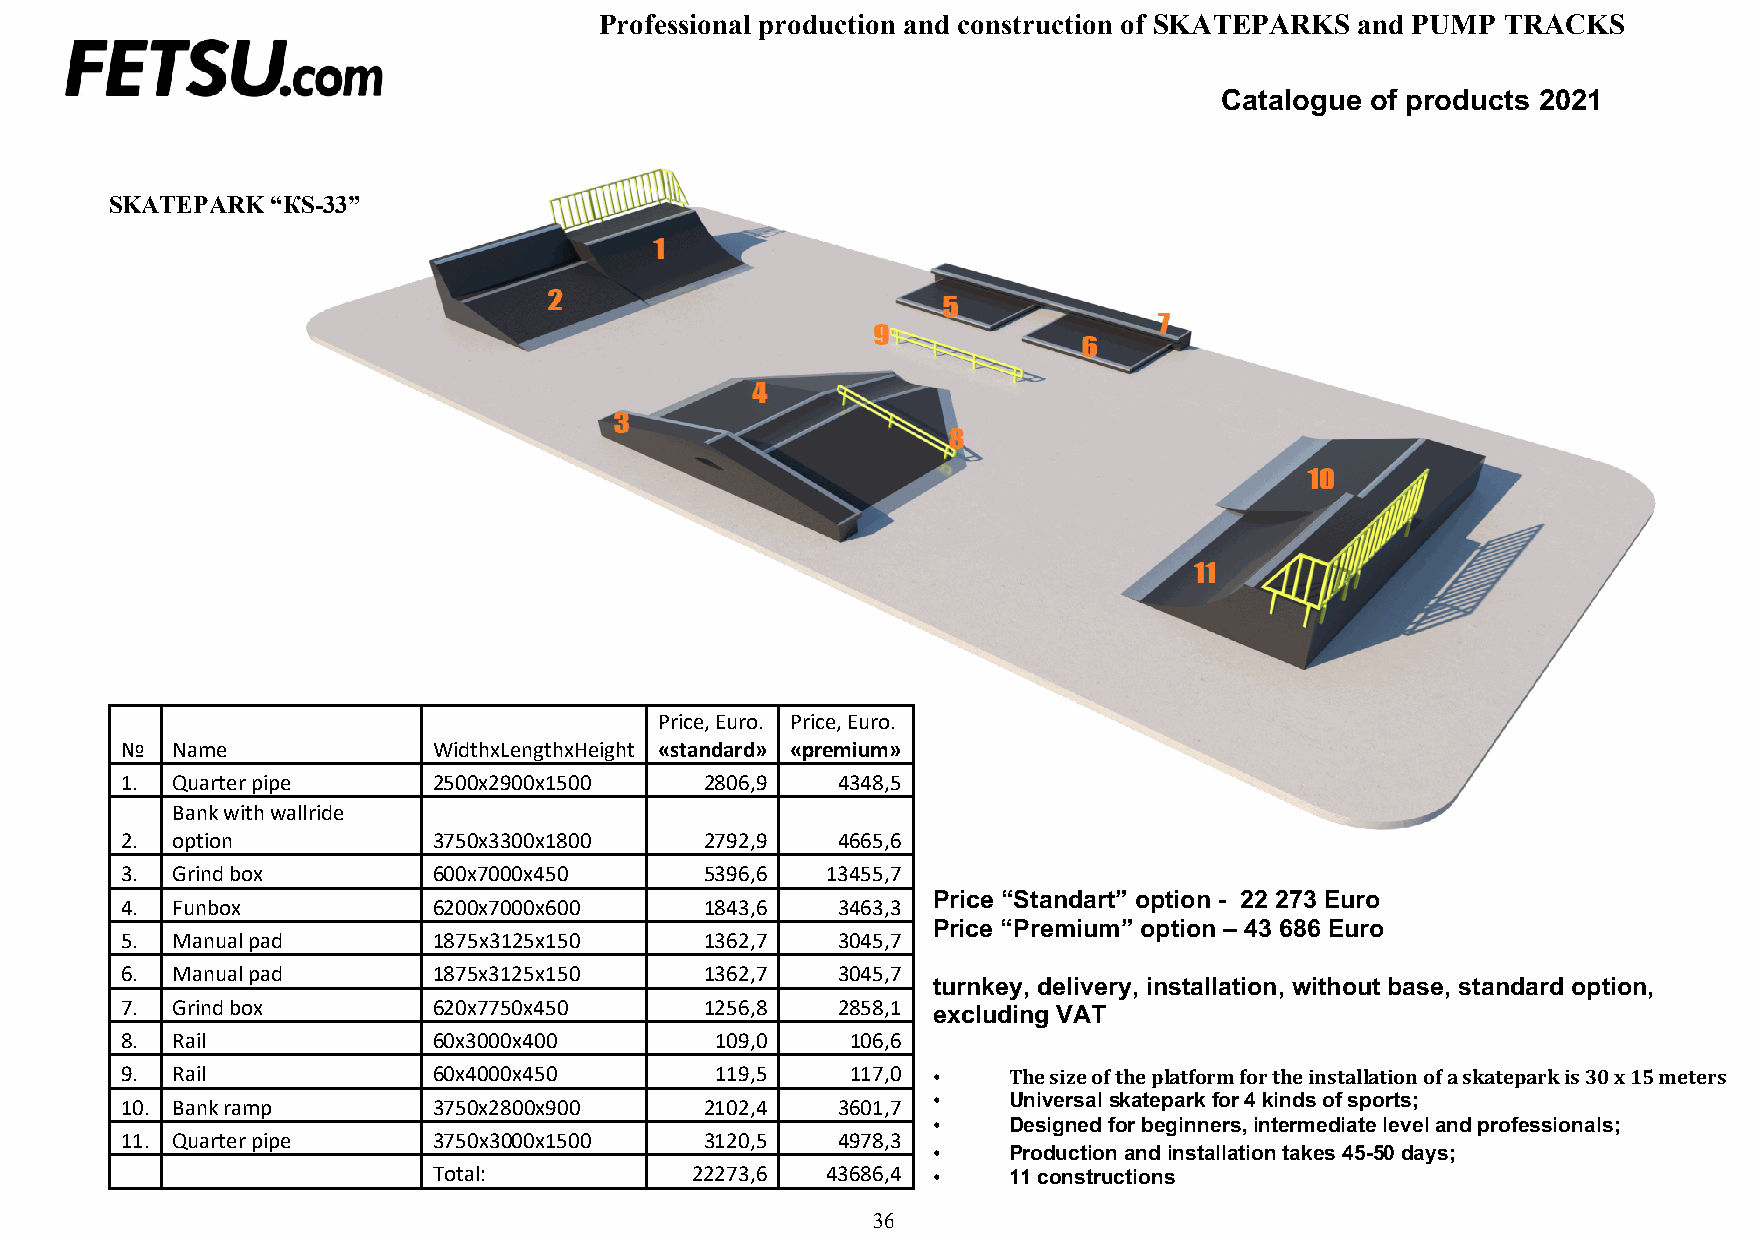
Professional production and construction of SKATEPARKS and PUMP TRACKS
 Catalogue of products 2021
 SKATEPARK  “КS-33”
 Price, Euro. Price, Euro.
 №  Name              WidthxLengthxHeight «standard» «premium»
 1. Quarter pipe      2500х2900х1500    2806,9  4348,5
 Bank with wallride
 2. option            3750х3300х1800    2792,9  4665,6
 3. Grind box         600х7000х450      5396,6  13455,7
 Price “Standart” option - 22 273 Euro
 4. Funbox            6200х7000х600     1843,6  3463,3
 Price “Premium” option – 43 686 Euro
 5. Manual pad        1875х3125х150     1362,7  3045,7
 6. Manual pad        1875х3125х150     1362,7  3045,7
 turnkey, delivery, installation, without base, standard option,
 7. Grind box         620х7750х450      1256,8  2858,1 excluding VAT
 8. Rail              60х3000х400       109,0    106,6
 9. Rail              60х4000х450       119,5    117,0 •    The size of the platform for the installation of a skatepark is 30 x 15 meters
 10. Bank ramp        3750х2800х900     2102,4  3601,7
 •    Universal skatepark for 4 kinds of sports;
 •    Designed for beginners, intermediate level and professionals;
 11. Quarter pipe     3750х3000х1500    3120,5  4978,3
 •    Production and installation takes 45-50 days;
 Total:           22273,6  43686,4 •   11 constructions
 36